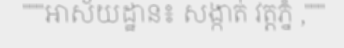
"""អាស័យដ្ឋាន៖ សង្កាត់ វត្តភ្នំ ,"""